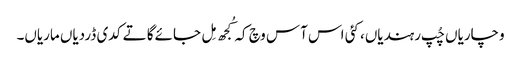
وچاریاں چُپ رہندیاں، کئی اس آس وچ کہ کُجھ مِل جائےگا تے کدی ڈردیاں ماریاں۔